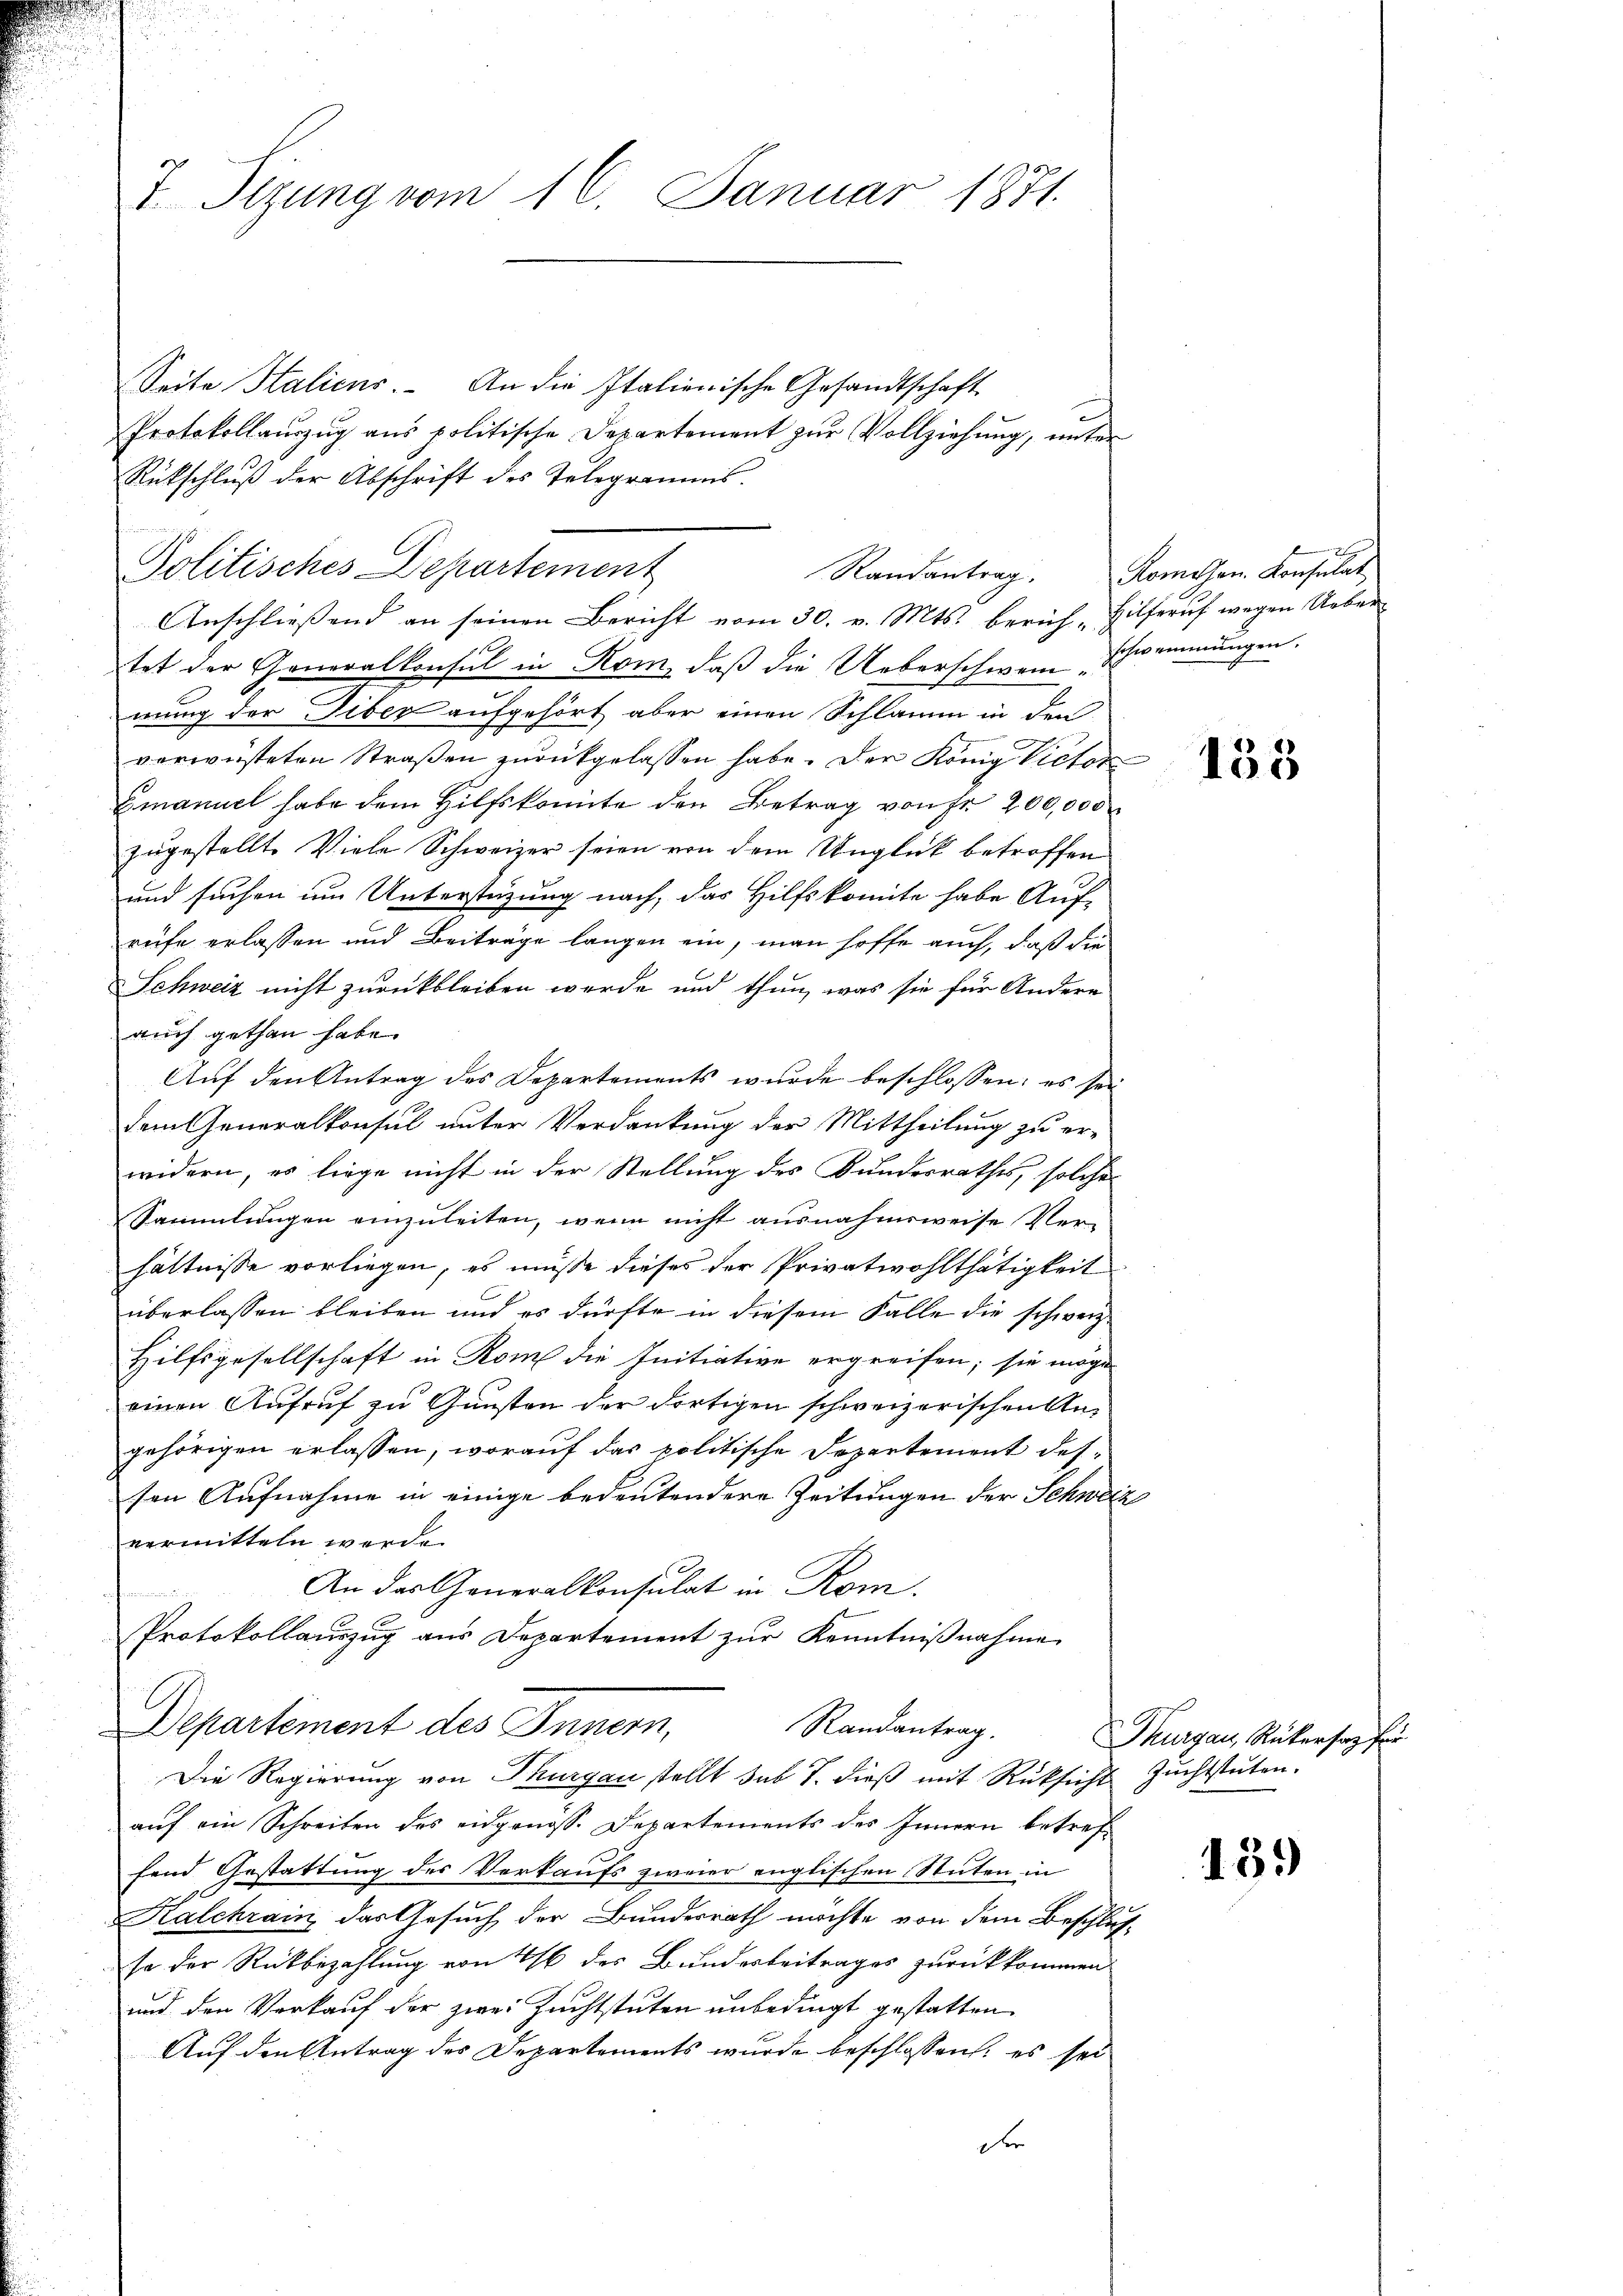
I Sizung vom 16. Januar 1871.

Seite Halicus. An die Italienische Gesandtschaft
Protokollauszug aus politische Departement zur Vollziehung, unter
Rückschluß der Abschrift des Telegramms.
Politisches Departement
Anschliessend an seinen Bericht vom 30. v. Mts. berich - Hilferuf wegen Ueber
tet der Generalkonsul in Kom, daß die Ueberschwein Schwemmungen.
mung der Tiber aufgehört aber einen Schlamm in den
verwüsteten Straßen zurückgelassen habe. Der König Victor
Gmanuel habe dem Hilfskomite den Betrag von Fr. 200,000
zugestellt. Viele Schweizer seien von dem Unglück betroffen
und suchen um Unterstüzung nach, das Hilfskomite habe Auf-
reife erlassen und Beiträge langen ein, man hoffe auch, daß die
Schweiz nicht zurückbleiben werde und thun, was sie für Andere
auch gethan habe.
Auf den Antrag des Departements wurde beschlossen; es sei
dem Generalkonsul unter Verdankung der Mittheilung zu er-
widern, es liege nicht in der Stellung des Bundesrathes, solche
Sammlungen einzuleiten, wenn nicht ausnahmsweise Ver-
hältnisse vorliegen, es müsse dieses der Privatwohlthätigkeit
überlassen bleiben und es dürfte in diesem Falle die schweiz.
Hilfsgesellschaft in Rom die Initiative ergreifen; sie möge
einen Aufruf zu Gunsten der dortigen schweizerischen Angehörigen erlassen, worauf das politische Departement dessen Aufnahme in einige bedeutendere Zeitungen der Schweiz
vermitteln werde.
An der Generalkonsulat in Rom.
Protokollauszug aus Departement zur Kenntnißnahme
Departement des Innern,
Randantrag.
Die Regierung von Thurgau stellt sub 7. dieß mit Rüksicht Zuchtstuten.
auf ein Schreiben des eidgenoss. Departements des Innern betreffend Gestattung des Verkaufs zweier englischen Stuten in
Kalchrain, das Gesuch der Bundesrath möchte von dem Beschlusso der Rückbezahlung von 46 des Bunderbeitrages zurückkommen
und den Verkauf der zwei Zuchtstuten unbedingt gestatten.
Auf den Antrag des Departements wurde beschlossen, es sei
F

Randantrag. Romosen. Konsulat

135

Thurgau, Rückerstag für

13.)